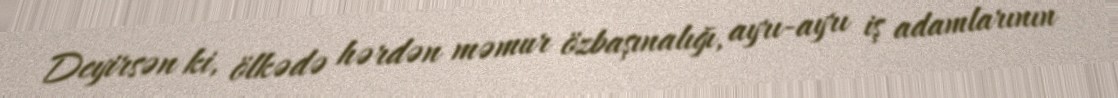
Deyirsən ki, ölkədə hərdən məmur özbaşınalığı, ayrı-ayrı iş adamlarının